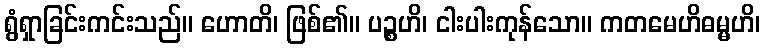
ရွံရှာခြင်းကင်းသည်။ ဟောတိ၊ ဖြစ်၏။ ပဉ္စဟိ၊ ငါးပါးကုန်သော။ ကတမေဟိဓမ္မဟိ၊